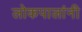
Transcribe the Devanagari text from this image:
लोकपालांनी